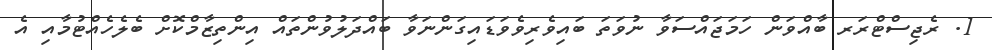
1. ރެޖިސްޓްރަރ ބާއްވަން ހަމަޖައްސަވާ ނުވަތަ ބައިވެރިވެވަޑައިގަންނަވާ ބައްދަލުވުންތައް އިންތިޒާމްކޮށް ބެލެހެއްޓުމާއި އެ